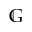
\mathbb { G }